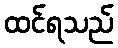
ထင်ရသည်